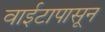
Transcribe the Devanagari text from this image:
वाईटापासून